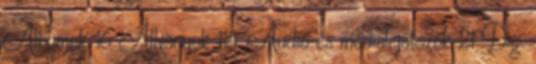
Albumok 16 Állványok 114 Audió és médialejátszók 21 Dig.